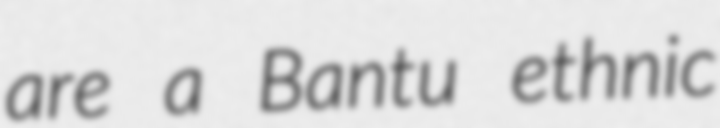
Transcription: are a Bantu ethnic